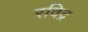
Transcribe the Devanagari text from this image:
रविद्र